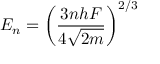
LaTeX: E _ { n } = \left( { \frac { 3 n h F } { 4 { \sqrt { 2 m } } } } \right) ^ { 2 / 3 }